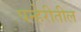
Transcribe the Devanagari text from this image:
पन्हेरीतील